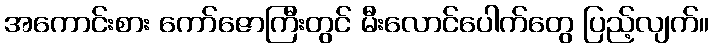
အကောင်းစား ကော်ဇောကြီးတွင် မီးလောင်ပေါက်တွေ ပြည့်လျက်။